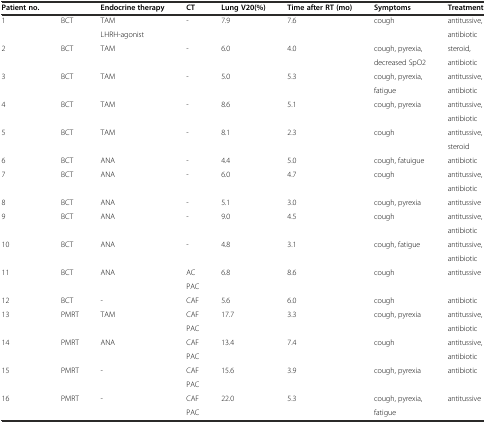
| Patient no. |  | Endocrine therapy | CT | Lung V20(%) | Time after RT (mo) | Symptoms | Treatment |
 | --- | --- | --- | --- | --- | --- | --- | --- |
 | 1 | BCT | TAM | - | 7.9 | 7.6 | cough | antitussive, |
 |  |  | LHRH-agonist |  |  |  |  | antibiotic |
 | 2 | BCT | TAM | - | 6.0 | 4.0 | cough, pyrexia, | steroid, |
 |  |  |  |  |  |  | decreased SpO2 | antibiotic |
 | 3 | BCT | TAM | - | 5.0 | 5.3 | cough, pyrexia, | antitussive, |
 |  |  |  |  |  |  | fatigue | antibiotic |
 | 4 | BCT | TAM | - | 8.6 | 5.1 | cough, pyrexia | antitussive, |
 |  |  |  |  |  |  |  | antibiotic |
 | 5 | BCT | TAM | - | 8.1 | 2.3 | cough | antitussive, |
 |  |  |  |  |  |  |  | steroid |
 | 6 | BCT | ANA | - | 4.4 | 5.0 | cough, fatuigue | antibiotic |
 | 7 | BCT | ANA | - | 6.0 | 4.7 | cough | antitussive, |
 |  |  |  |  |  |  |  | antibiotic |
 | 8 | BCT | ANA | - | 5.1 | 3.0 | cough, pyrexia | antitussive |
 | 9 | BCT | ANA | - | 9.0 | 4.5 | cough | antitussive, |
 |  |  |  |  |  |  |  | antibiotic |
 | 10 | BCT | ANA | - | 4.8 | 3.1 | cough, fatigue | antitussive, |
 |  |  |  |  |  |  |  | antibiotic |
 | 11 | BCT | ANA | AC | 6.8 | 8.6 | cough | antitussive |
 |  |  |  | PAC |  |  |  |  |
 | 12 | BCT | - | CAF | 5.6 | 6.0 | cough | antibiotic |
 | 13 | PMRT | TAM | CAF | 17.7 | 3.3 | cough, pyrexia | antitussive, |
 |  |  |  | PAC |  |  |  | antibiotic |
 | 14 | PMRT | ANA | CAF | 13.4 | 7.4 | cough | antitussive, |
 |  |  |  | PAC |  |  |  | antibiotic |
 | 15 | PMRT | - | CAF | 15.6 | 3.9 | cough, pyrexia | antibiotic |
 |  |  |  | PAC |  |  |  |  |
 | 16 | PMRT | - | CAF | 22.0 | 5.3 | cough, pyrexia, | antitussive |
 |  |  |  | PAC |  |  | fatigue |  |